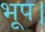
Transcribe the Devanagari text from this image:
भूप।